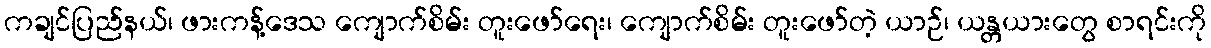
ကချင်ပြည်နယ်၊ ဖားကန့်ဒေသ ကျောက်စိမ်း တူးဖော်ရေး၊ ကျောက်စိမ်း တူးဖော်တဲ့ ယာဉ်၊ ယန္တယားတွေ စာရင်းကို